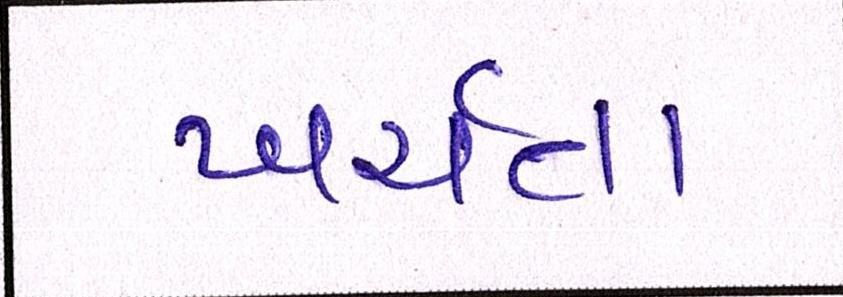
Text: ખર્ચતા